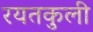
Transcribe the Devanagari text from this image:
रयतकुली